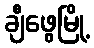
ချီဖွေမြို့